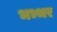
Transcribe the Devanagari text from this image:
भभ्भर